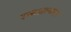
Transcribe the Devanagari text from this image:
रक्तअल्पता